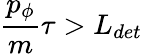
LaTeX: \frac{p_{\phi}}{m}\tau>L_{det}